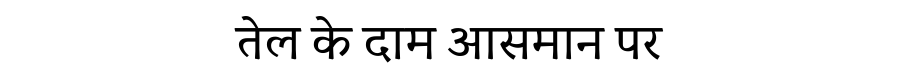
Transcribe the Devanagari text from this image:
तेल के दाम आसमान पर